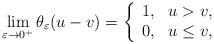
LaTeX: \begin{align*}\lim_{\varepsilon \to 0^+} \theta_\varepsilon (u-v) = \left\{ \begin{array}{ll}1, & u > v, \\0, & u\leq v, \end{array} \right. \end{align*}